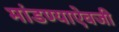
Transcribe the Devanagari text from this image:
मांडण्याऐवजी